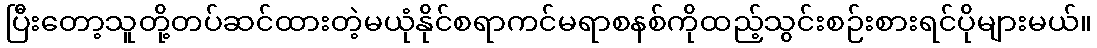
ပြီးတော့သူတို့တပ်ဆင်ထားတဲ့မယုံနိုင်စရာကင်မရာစနစ်ကိုထည့်သွင်းစဉ်းစားရင်ပိုများမယ်။